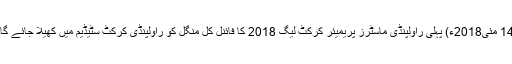
14 مئی2018ء) پہلی راولپنڈی ماسٹرز پریمیئر کرکٹ لیگ 2018 کا فائنل کل منگل کو راولپنڈی کرکٹ سٹیڈیم میں کھیلا جائے گا۔